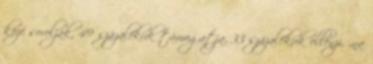
közé sorolják, 49 százalékuk támogatja, 33 százalékuk ellenzi. „na